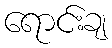
ရောင်းချ